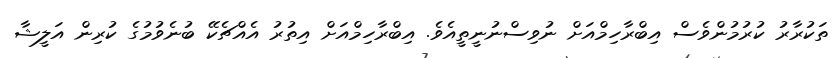
ތަކުރާރު ކުރުމުންވެސް އިބްރާހިމްއަށް ނުވިސްނުނީތީއެވެ. އިބްރާހިމްއަށް އިތުރު އެއްޗެކޭ ބުނެވުމުގެ ކުރިން އަލީޝާ